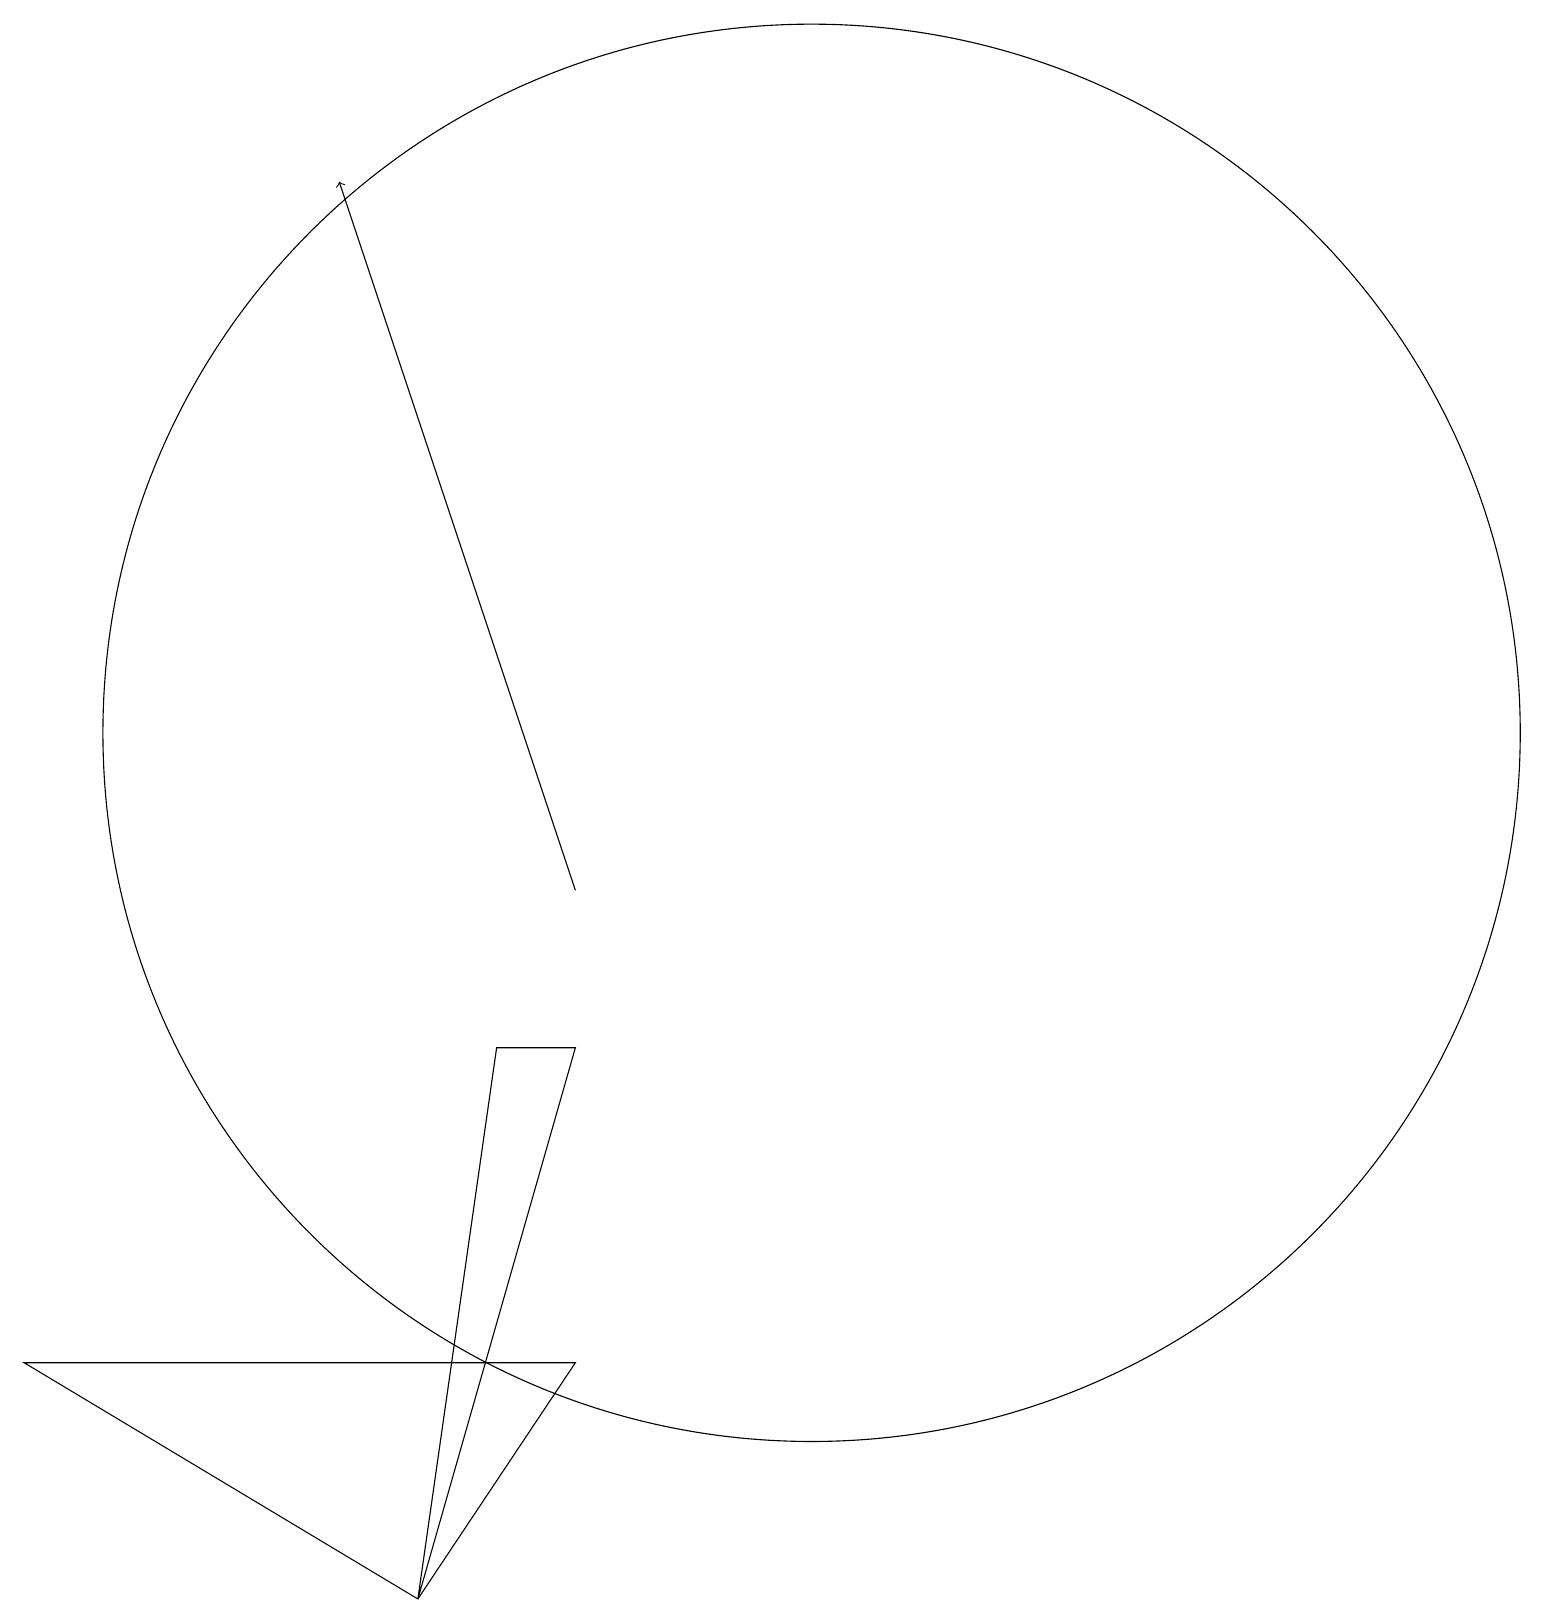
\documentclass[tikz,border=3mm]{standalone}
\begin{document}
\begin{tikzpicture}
\draw[->] (8,10) -- (5,19);
\draw (8,8) -- (7,8) -- (6,1) -- cycle;
\draw (8,4) -- (1,4) -- (6,1) -- cycle;
\draw (11,12) circle (9);
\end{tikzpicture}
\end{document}